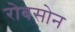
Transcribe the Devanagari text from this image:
रोबसोन